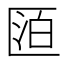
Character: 𠥋